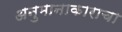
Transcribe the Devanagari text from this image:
अनुमानाकाराचा